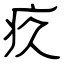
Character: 疚